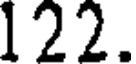
122.